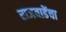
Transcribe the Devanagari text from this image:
राजवाडेंचा